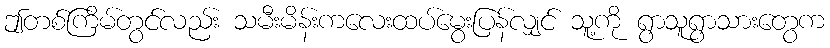
ဤတစ်ကြိမ်တွင်လည်း သမီးမိန်းကလေးထပ်မွေးပြန်လျှင် သူ့ကို ရွာသူရွာသားတွေက